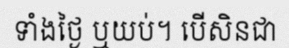
ទាំងថ្ងៃ ឬយប់។ បើសិនជា